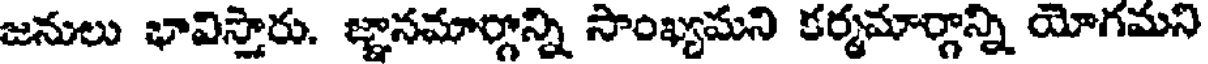
జనులు భావిస్తారు. జ్ఞానమార్గాన్ని సాంఖ్యమని కర్మమార్గాన్ని యోగమని